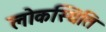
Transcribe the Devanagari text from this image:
लोकस्थिति